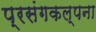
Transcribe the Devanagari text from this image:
प्रसंगकल्पना